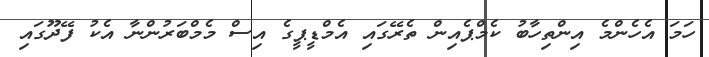
ހަމަ އެހެންމެ އިންތިހާބު ކެމްޕެއިން ތެރޭގައި އެމްޑީޕީގެ އިސް މެމްބަރުންނާ އެކު ފޭދޫގައި